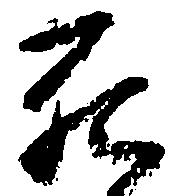
死